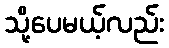
သို့ပေမယ့်လည်း